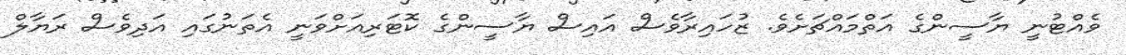
ވެއްޓުނީ ޔާސީންގެ އަތްމައްޗަށެވެ. ޒުހައިރާވެސް އައިސް ޔާސީންގެ ކޮޓަރިއަށްވަނީ އެތަނުގައި އަދިވެސް ރަޔާލް